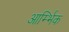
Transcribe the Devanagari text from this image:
आर्म्भिक